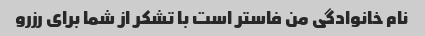
نام خانوادگی من فاستر است با تشکر از شما برای رزرو